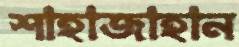
শাহাজাহান